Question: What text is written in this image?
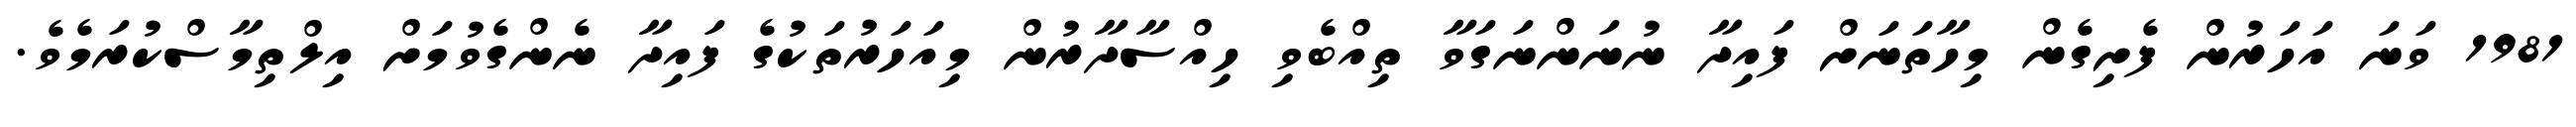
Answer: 1981 ވަނަ އަހަރުން ފެށިގެން މިހާތަނަށް ފައިދާ ނުނަންނަގަވާ ތިއްބެވި ހިއްސާދާރުން މިއަހަރުތަކުގެ ފައިދާ ނެންގެވުމަށް އިލްތިމާސްކުރަމެވެ.